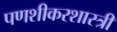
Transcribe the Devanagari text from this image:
पणशीकरशास्त्री